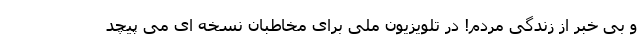
و بی خبر از زندگی مردم! در تلویزیون ملی برای مخاطبان نسخه ای می پیچد